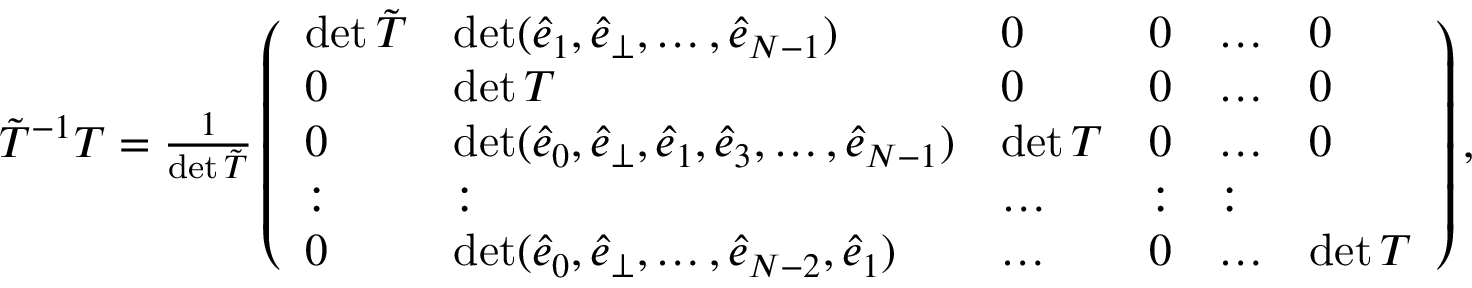
\begin{array} { r } { \tilde { T } ^ { - 1 } T = \frac { 1 } { \operatorname* { d e t } \tilde { T } } \left( \begin{array} { l l l l l l } { \operatorname* { d e t } \tilde { T } } & { \operatorname* { d e t } ( \hat { e } _ { 1 } , \hat { e } _ { \perp } , \dots , \hat { e } _ { N - 1 } ) } & { 0 } & { 0 } & { \dots } & { 0 } \\ { 0 } & { \operatorname* { d e t } T } & { 0 } & { 0 } & { \dots } & { 0 } \\ { 0 } & { \operatorname* { d e t } ( \hat { e } _ { 0 } , \hat { e } _ { \perp } , \hat { e } _ { 1 } , \hat { e } _ { 3 } , \dots , \hat { e } _ { N - 1 } ) } & { \operatorname* { d e t } T } & { 0 } & { \dots } & { 0 } \\ { : } & { : } & { \dots } & { : } & { : } \\ { 0 } & { \operatorname* { d e t } ( \hat { e } _ { 0 } , \hat { e } _ { \perp } , \dots , \hat { e } _ { { N } - 2 } , \hat { e } _ { 1 } ) } & { \dots } & { 0 } & { \dots } & { \operatorname* { d e t } T } \end{array} \right) , } \end{array}